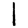
Digit: 1